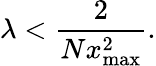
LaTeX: \lambda<\frac{2}{Nx_{\mathrm{max}}^{2}}.